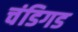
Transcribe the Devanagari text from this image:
चंडिगड